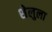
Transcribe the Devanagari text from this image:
शेलुला